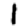
Digit: 1